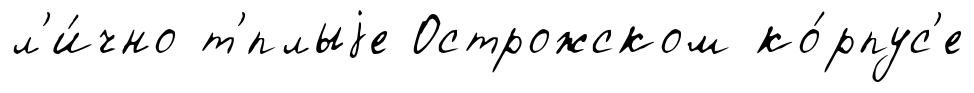
л'и́чно т'́плыjе Острожском ко́рпус'е